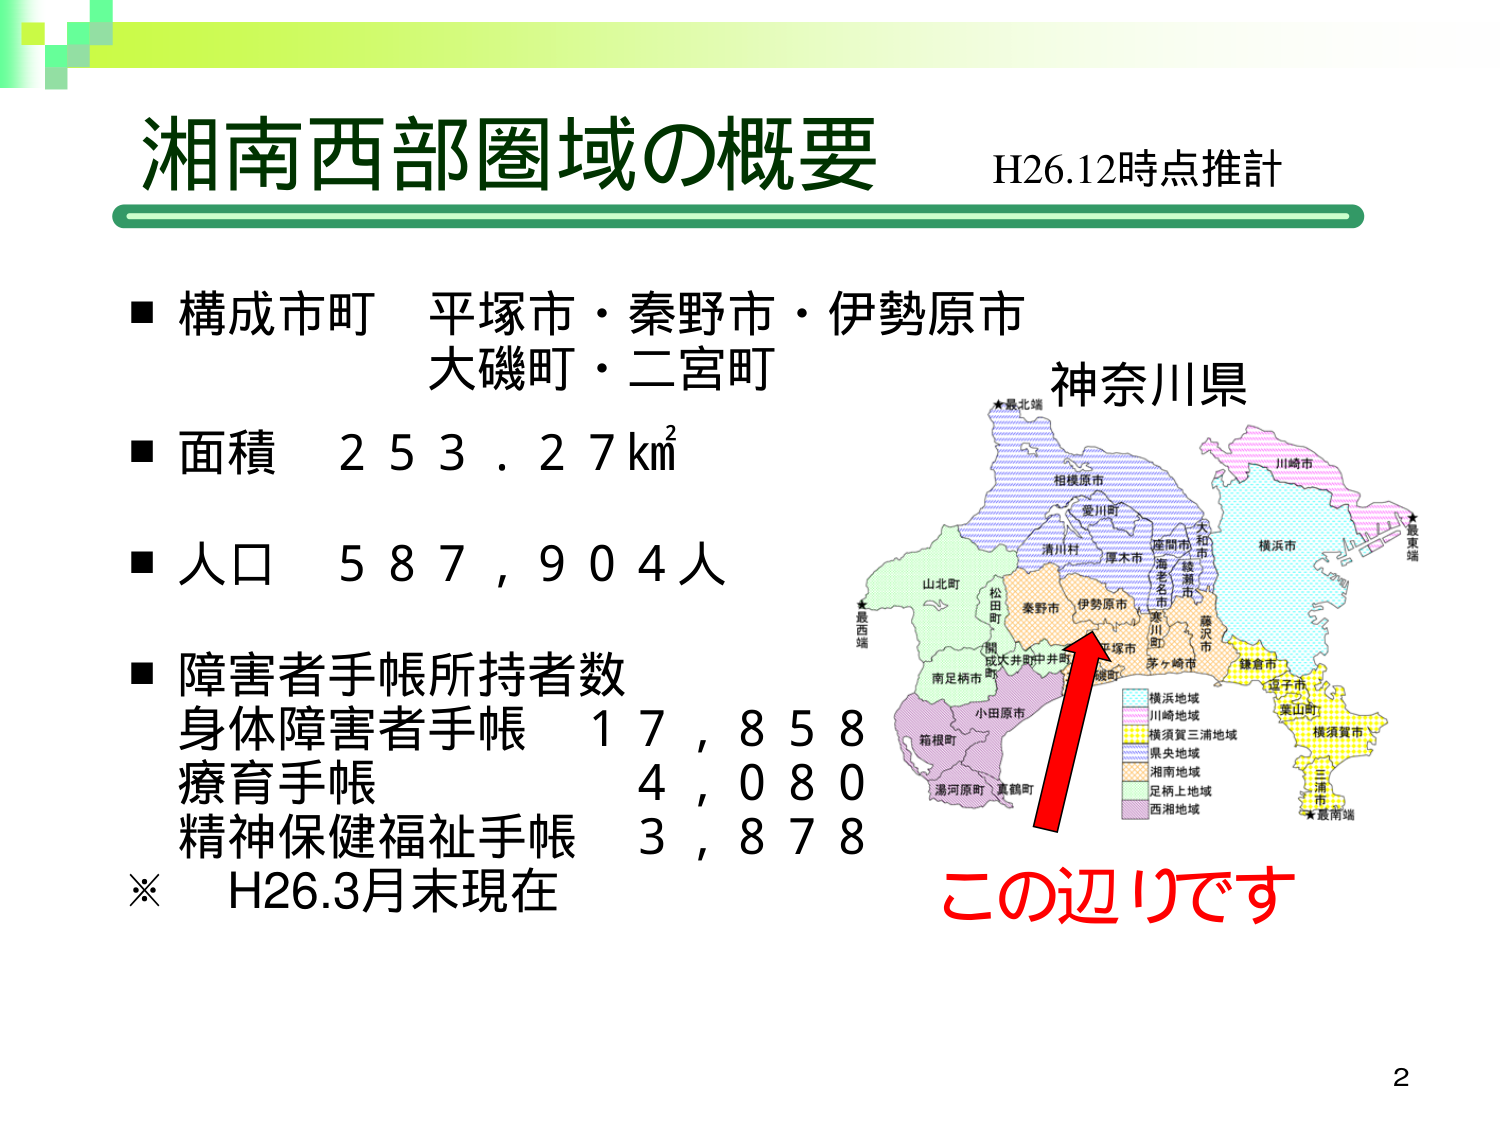
湘南西部圏域の概要
H26.12時点推計

■ 構成市町 平塚市・秦野市・伊勢原市
大磯町・二宮町

■ 面積 253.27km²

■ 人口 587,904人

■ 障害者手帳所持者数
身体障害者手帳 17,858
療育手帳 4,080
精神保健福祉手帳 3,878
※ H26.3月末現在

神奈川県
★最北端
相模原市
愛川町
清川村
厚木市
海老名市
綾瀬市
大和市
座間市
横浜市
川崎市
★最東端
山北町
松田町
秦野市
伊勢原市
寒川町
藤沢市
茅ヶ崎市
平塚市
中井町
大井町
南足柄市
小田原市
箱根町
湯河原町
真鶴町
★最西端
★最南端

横浜地域
川崎地域
横須賀三浦地域
県央地域
湘南地域
足柄上地域
西湘地域

この辺りです

2